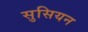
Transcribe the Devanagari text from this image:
सुसियन